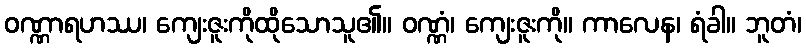
ဝဏ္ဏာရဟဿ၊ ကျေးဇူးကိုထိုသောသူ၏။ ဝဏ္ဏံ၊ ကျေးဇူးကို။ ကာလေန၊ ရံခါ။ ဘူတံ၊